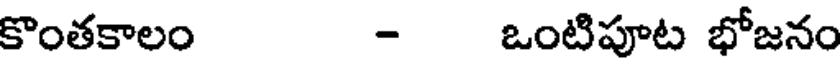
కొంతకాలం - ఒంటిపూట భోజనం